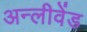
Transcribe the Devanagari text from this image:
अन्लीवेंड